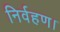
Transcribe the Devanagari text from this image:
निर्वहण।